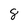
Character: 8